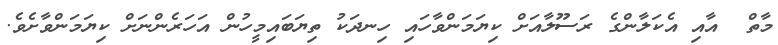
މާތް  އާއި އެކަލާންގެ ރަސޫލާއަށް ކިޔަމަންވާހައި ހިނދަކު ތިޔަބައިމީހުން އަހަރެންނަށް ކިޔަމަންވާށެވެ.